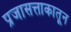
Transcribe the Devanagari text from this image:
प्रजासत्ताकातून